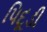
પિદૂડી